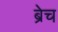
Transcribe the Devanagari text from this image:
ब्रेच